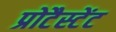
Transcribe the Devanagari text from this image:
प्रोटैस्टेंट